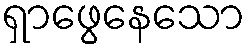
ရှာဖွေနေသော